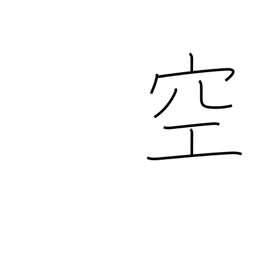
Meaning: vacant